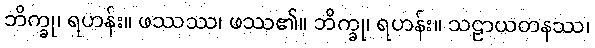
ဘိက္ခု၊ ရဟန်း။ ဖဿဿ၊ ဖဿ၏။ ဘိက္ခု၊ ရဟန်း။ သဠာယတနဿ၊